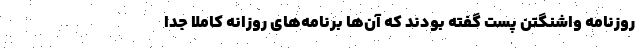
روزنامه واشنگتن پست گفته بودند که آن‌ها برنامه‌های روزانه کاملا جدا